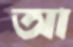
আ